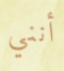
أنني